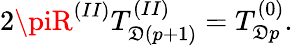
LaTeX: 2\piR^{(II)}T_{\mathfrak{D}(p+1)}^{(II)}=T_{\mathfrak{D}p}^{(0)}.